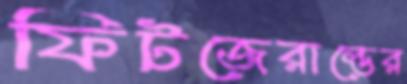
ফিটজেরাল্ডের